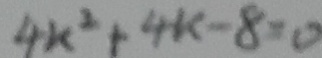
4 k ^ { 2 } + 4 k - 8 = 0